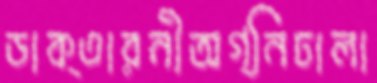
ডাক্তারনীঅগ্নিঢালা